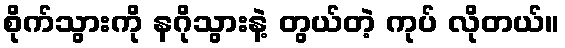
စိုက်သွားကို နဂိုသွားနဲ့ တွယ်တဲ့ ကုပ် လိုတယ်။